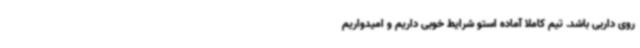
روی داربی باشد. تیم کاملا آماده استو شرایط خوبی داریم و امیدواریم